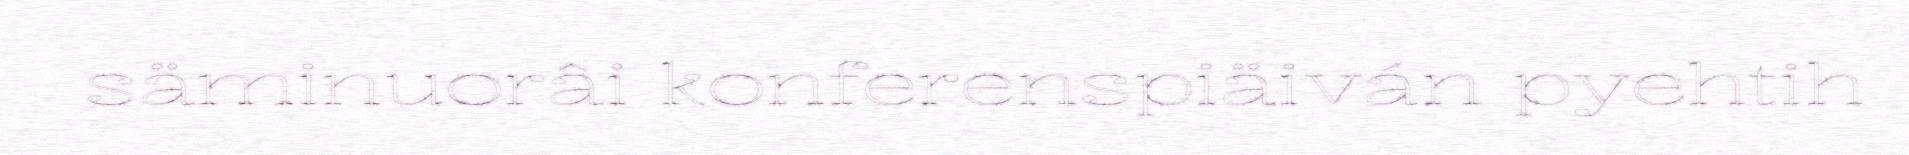
säminuorâi konferenspiäiván pyehtih